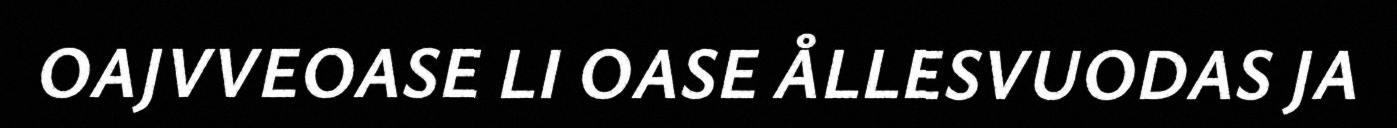
OAJVVEOASE LI OASE ÅLLESVUODAS JA